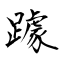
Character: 躆